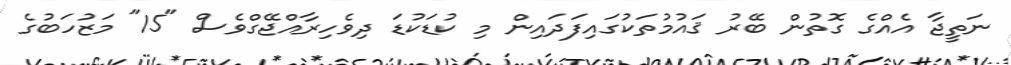
ނަތީޖާ އެއްގެ ގޮތުން ބޭރު ޤައުމުތަކުގައިފަދައިން މި ކުޑަކުޑަ ދިވެހިރާއްޖޭގްވެސް "15" މަޒުހަބުގެ